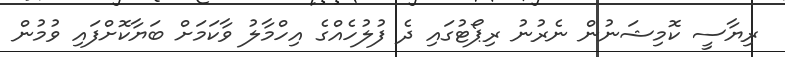
ރިޔާސީ ކޮމިޝަނުން ނެރުނު ރިޕޯޓުގައި ދެ ފުލުހެއްގެ އިހްމާލު ވާކަމަށް ބަޔާކޮށްފައި ވުމުން